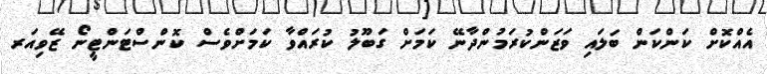
އެއްކޮށް ކަންކަން ބަލައި ވަޒަންކުރަމުންދާނޭ ކަމަށް ގަބޫލު ކުރައްވާ ކަމަށްވެސް ކޮންސްޓަންޓީނޯ ޒޭވިއަރ